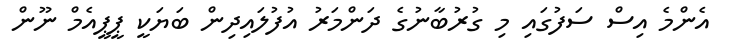
އެންމެ އިސް ސަފުގައި މި ގުރުބާނުގެ ދަންމަރު އުފުލައިދިން ބަޔަކީ ޕީޕީއެމް ނޫން